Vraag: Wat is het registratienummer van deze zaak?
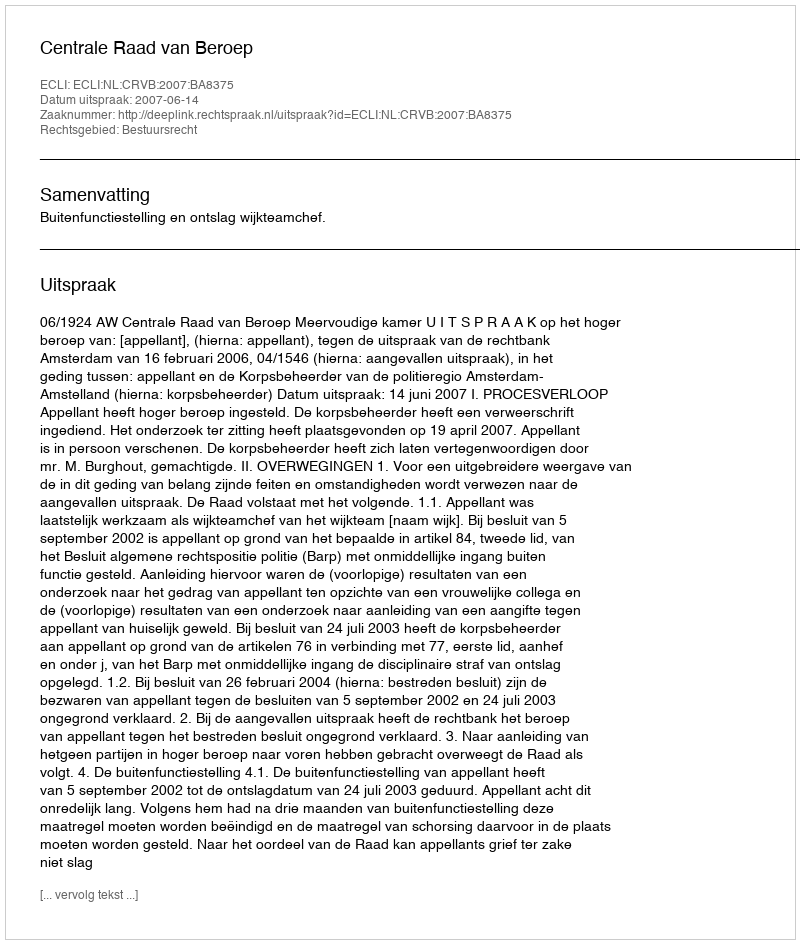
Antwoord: http://deeplink.rechtspraak.nl/uitspraak?id=ECLI:NL:CRVB:2007:BA8375